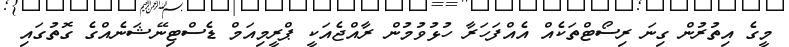
މީގެ އިތުރުން ގިނަ ރިސޯޓްތަކެއް އެއްފަހަރާ ހުޅުވުމުން ރާއްޖެއަކީ ޕްރީމިއަމް ޑެސްޓިނޭޝަނެއްގެ ގޮތުގައި